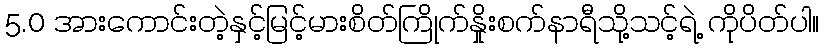
5.0 အားကောင်းတဲ့နှင့်မြင့်မားစိတ်ကြိုက်နှိုးစက်နာရီသို့သင့်ရဲ့ ကိုပိတ်ပါ။